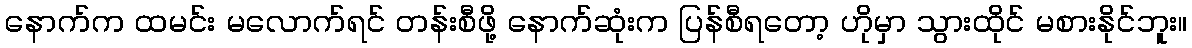
နောက်က ထမင်း မလောက်ရင် တန်းစီဖို့ နောက်ဆုံးက ပြန်စီရတော့ ဟိုမှာ သွားထိုင် မစားနိုင်ဘူး။